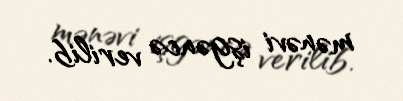
mənəvi işgəncə verilib.